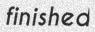
finished